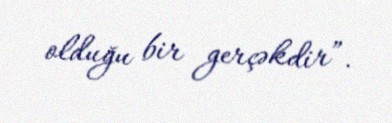
olduğu bir gerçəkdir”.